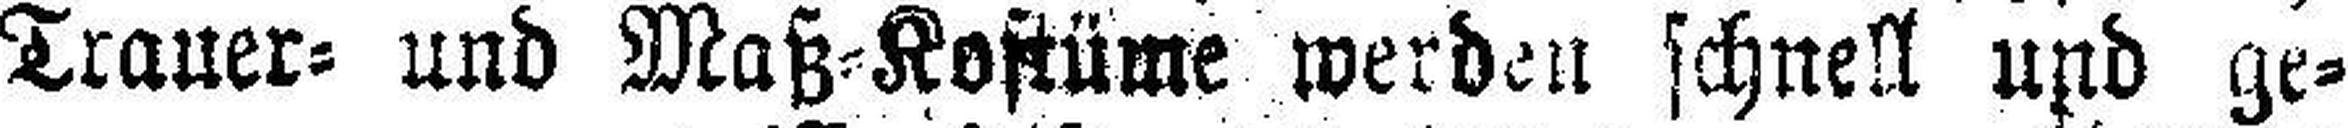
Trauer= und Maß=Kostüme werden schnell und ge¬